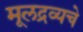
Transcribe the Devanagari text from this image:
मूलद्रव्यचे